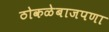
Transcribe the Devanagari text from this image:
ठोकळेबाजपणा